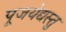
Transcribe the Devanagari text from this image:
पूजयेद्यस्तु